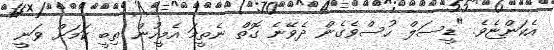
އެކަންޏެވެ. "ޑީސަލް ހުސްވެގެން ދެވޭނެ ގޮތް ނެތީމަ އެމީހުން ތިބީ ކަމަށް ވަނީ